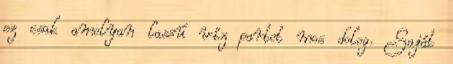
ez csak amolyan lassú víz partot mos dolog. Saját